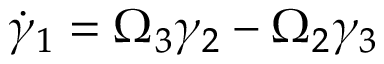
\dot { \gamma } _ { 1 } = \Omega _ { 3 } \gamma _ { 2 } - \Omega _ { 2 } \gamma _ { 3 }